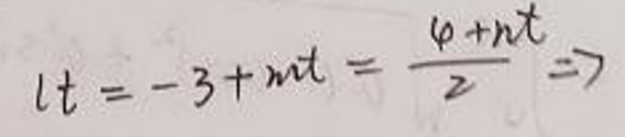
\[
lt=-3 + nt=\frac{\varphi+nt}{2}\Rightarrow
\]